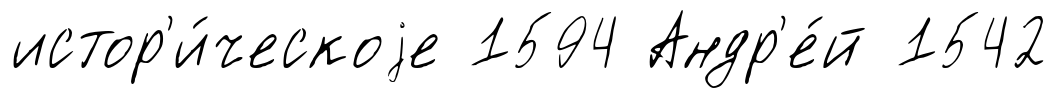
истор'и́ческоjе 1594 Андр'е́й 1542